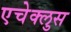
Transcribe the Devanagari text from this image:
एचेक्लुस